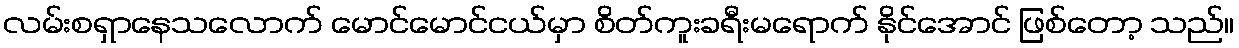
လမ်းစရှာနေသလောက် မောင်မောင်ငယ်မှာ စိတ်ကူးခရီးမရောက် နိုင်အောင် ဖြစ်တော့ သည်။